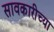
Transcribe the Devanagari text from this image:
सावकारीच्या